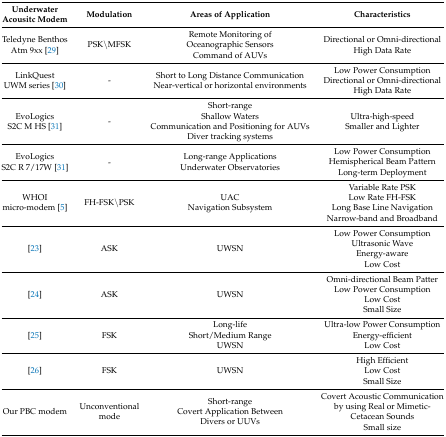
| Underwater Acousitc Modem | Modulation | Areas of Application | Characteristics |
 | --- | --- | --- | --- |
 | Teledyne Benthos Atm 9xx [29] | PSK\MFSK | Remote Monitoring of Oceanographic Sensors Command of AUVs | Directional or Omni-directional High Data Rate |
 | LinkQuest UWM series [30] | - | Short to Long Distance Communication Near-vertical or horizontal environments | Low Power Consumption Directional or Omni-directional High Data Rate |
 | EvoLogics S2C M HS [31] | - | Short-range Shallow Waters Communication and Positioning for AUVs Diver tracking systems | Ultra-high-speed Smaller and Lighter |
 | EvoLogics S2C R 7/17W [31] | - | Long-range Applications Underwater Observatories | Low Power Consumption Hemispherical Beam Pattern Long-term Deployment |
 | WHOI micro-modem [5] | FH-FSK\PSK | UAC Navigation Subsystem | Variable Rate PSK Low Rate FH-FSK Long Base Line Navigation Narrow-band and Broadband |
 | [23] | ASK | UWSN | Low Power Consumption Ultrasonic Wave Energy-aware Low Cost |
 | [24] | ASK | UWSN | Omni-directional Beam Patter Low Power Consumption Low Cost Small Size |
 | [25] | FSK | Long-life Short/Medium Range UWSN | Ultra-low Power Consumption Energy-efficient Low Cost |
 | [26] | FSK | UWSN | High Efficient Low Cost Small Size |
 | Our PBC modem | Unconventional mode | Short-range Covert Application Between Divers or UUVs | Covert Acoustic Communication by using Real or Mimetic- Cetacean Sounds Small size |